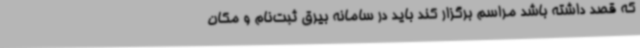
که قصد داشته باشد مراسم برگزار کند باید در سامانه بیرق ثبت‌نام و مکان